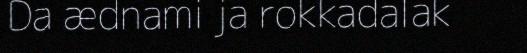
Da ædnami ja rokkadalak